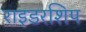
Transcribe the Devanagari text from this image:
राइडरशिप